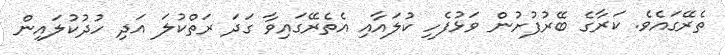
ތެރޭގައެވެ. ކަރާގެ ބޭރުފުށުން ވަޅުފެހި ކުލައާއި އެތެރޭގައިވާ ގަދަ ރަތްކުލަ އަދި ހުދުކުލައިން